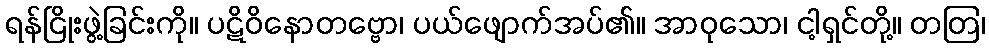
ရန်ငြိုးဖွဲ့ခြင်းကို။ ပဋိဝိနောတဗ္ဗော၊ ပယ်ဖျောက်အပ်၏။ အာဝုသော၊ ငါ့ရှင်တို့။ တတြ၊